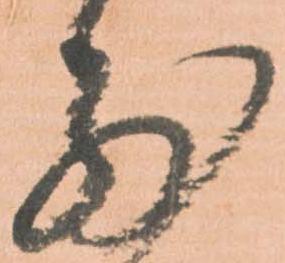
前